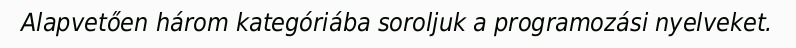
Alapvetően három kategóriába soroljuk a programozási nyelveket.